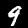
Digit: 9